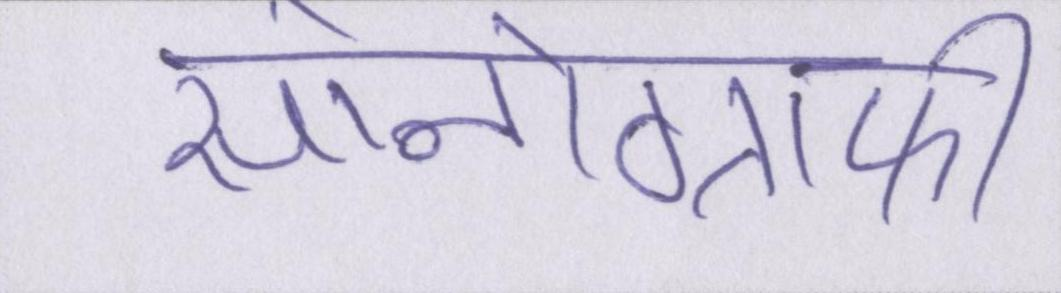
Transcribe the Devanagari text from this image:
सोनोग्राफी